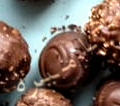
كاميرة